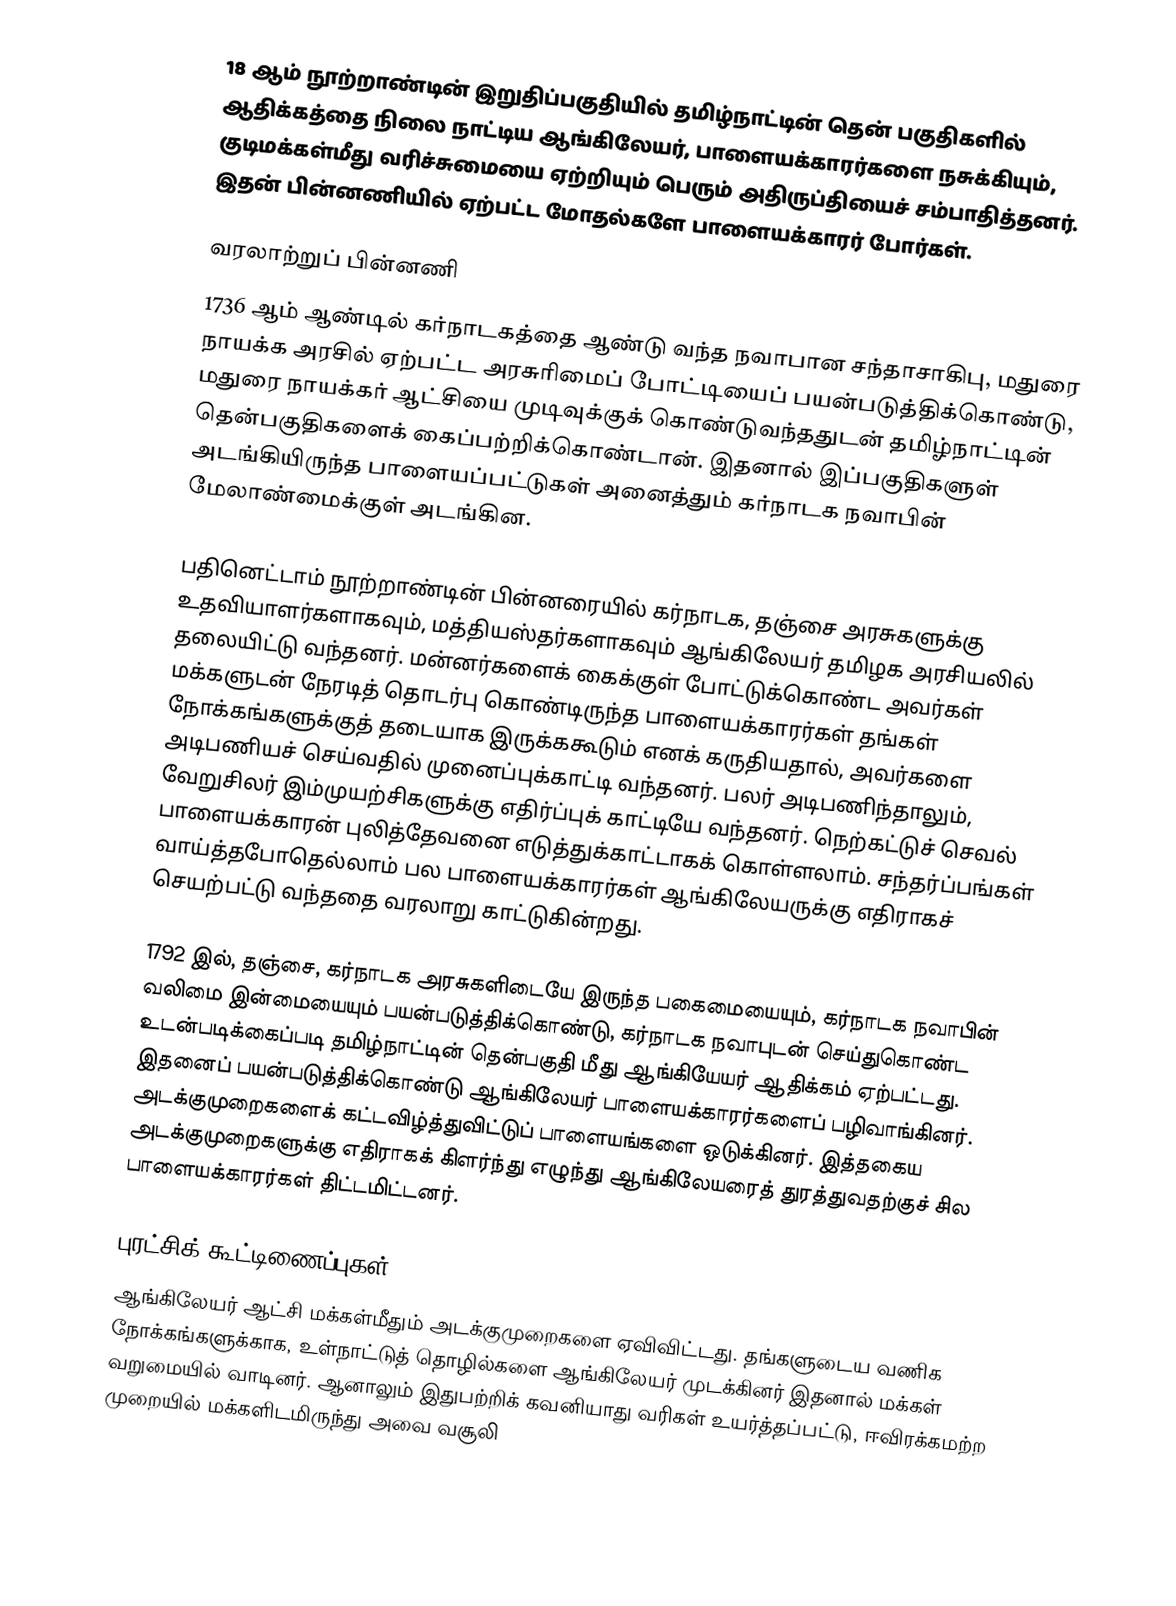
18 ஆம் நூற்றாண்டின் இறுதிப்பகுதியில் தமிழ்நாட்டின் தென் பகுதிகளில் ஆதிக்கத்தை நிலை நாட்டிய ஆங்கிலேயர், பாளையக்காரர்களை நசுக்கியும், குடிமக்கள்மீது வரிச்சுமையை ஏற்றியும் பெரும் அதிருப்தியைச் சம்பாதித்தனர். இதன் பின்னணியில் ஏற்பட்ட மோதல்களே பாளையக்காரர் போர்கள்.

வரலாற்றுப் பின்னணி
1736 ஆம் ஆண்டில் கர்நாடகத்தை ஆண்டு வந்த நவாபான சந்தாசாகிபு, மதுரை நாயக்க அரசில் ஏற்பட்ட அரசுரிமைப் போட்டியைப் பயன்படுத்திக்கொண்டு, மதுரை நாயக்கர் ஆட்சியை முடிவுக்குக் கொண்டுவந்ததுடன் தமிழ்நாட்டின் தென்பகுதிகளைக் கைப்பற்றிக்கொண்டான். இதனால் இப்பகுதிகளுள் அடங்கியிருந்த பாளையப்பட்டுகள் அனைத்தும் கர்நாடக நவாபின் மேலாண்மைக்குள் அடங்கின.

பதினெட்டாம் நூற்றாண்டின் பின்னரையில் கர்நாடக, தஞ்சை அரசுகளுக்கு உதவியாளர்களாகவும், மத்தியஸ்தர்களாகவும் ஆங்கிலேயர் தமிழக அரசியலில் தலையிட்டு வந்தனர். மன்னர்களைக் கைக்குள் போட்டுக்கொண்ட அவர்கள் மக்களுடன் நேரடித் தொடர்பு கொண்டிருந்த பாளையக்காரர்கள் தங்கள் நோக்கங்களுக்குத் தடையாக இருக்ககூடும் எனக் கருதியதால், அவர்களை அடிபணியச் செய்வதில் முனைப்புக்காட்டி வந்தனர். பலர் அடிபணிந்தாலும், வேறுசிலர் இம்முயற்சிகளுக்கு எதிர்ப்புக் காட்டியே வந்தனர். நெற்கட்டுச் செவல் பாளையக்காரன் புலித்தேவனை எடுத்துக்காட்டாகக் கொள்ளலாம். சந்தர்ப்பங்கள் வாய்த்தபோதெல்லாம் பல பாளையக்காரர்கள் ஆங்கிலேயருக்கு எதிராகச் செயற்பட்டு வந்ததை வரலாறு காட்டுகின்றது.

1792 இல், தஞ்சை, கர்நாடக அரசுகளிடையே இருந்த பகைமையையும், கர்நாடக நவாபின் வலிமை இன்மையையும் பயன்படுத்திக்கொண்டு, கர்நாடக நவாபுடன் செய்துகொண்ட உடன்படிக்கைப்படி தமிழ்நாட்டின் தென்பகுதி மீது ஆங்கியேயர் ஆதிக்கம் ஏற்பட்டது. இதனைப் பயன்படுத்திக்கொண்டு ஆங்கிலேயர் பாளையக்காரர்களைப் பழிவாங்கினர். அடக்குமுறைகளைக் கட்டவிழ்த்துவிட்டுப் பாளையங்களை ஒடுக்கினர். இத்தகைய அடக்குமுறைகளுக்கு எதிராகக் கிளர்ந்து எழுந்து ஆங்கிலேயரைத் துரத்துவதற்குச் சில பாளையக்காரர்கள் திட்டமிட்டனர்.

புரட்சிக் கூட்டிணைப்புகள்
ஆங்கிலேயர் ஆட்சி மக்கள்மீதும் அடக்குமுறைகளை ஏவிவிட்டது. தங்களுடைய வணிக நோக்கங்களுக்காக, உள்நாட்டுத் தொழில்களை ஆங்கிலேயர் முடக்கினர் இதனால் மக்கள் வறுமையில் வாடினர். ஆனாலும் இதுபற்றிக் கவனியாது வரிகள் உயர்த்தப்பட்டு, ஈவிரக்கமற்ற முறையில் மக்களிடமிருந்து அவை வசூலி